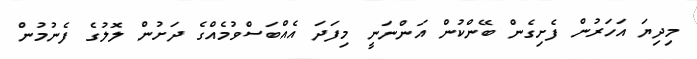
މިދިޔަ އަހަރުން ފެށިގެން ބޭންކުން އަންނަނީ މިފަދަ އެއްބަސްވުމެއްގެ ދަށުން ލޮލުގެ ފެނުމުން